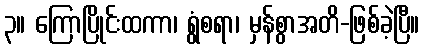
၃။ ကြောပြိုင်းထကာ၊ ရွံစရာ၊ မှန်စွာအတိ-ဖြစ်ခဲ့ပြီ။